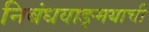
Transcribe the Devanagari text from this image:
निबंधवाङ्‌मयाची